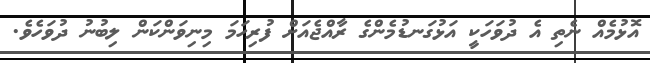
އޮޅުމެއް ނެތި އެ ދުވަހަކީ އަޅުގަނޑުމެންގެ ރާއްޖެއަށް ފުރިހަމަ މިނިވަންކަން ލިބުނު ދުވަހެވެ.